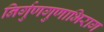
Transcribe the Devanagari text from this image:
निर्गुणगुणाभिराग